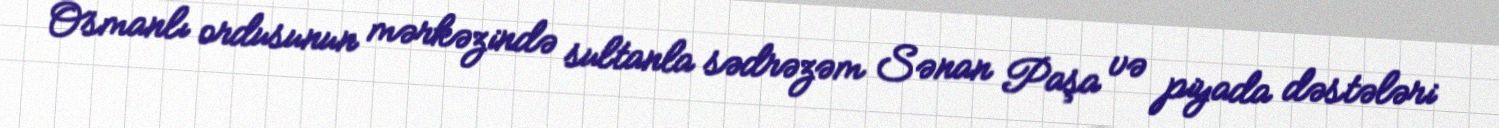
Osmanlı ordusunun mərkəzində sultanla sədrəzəm Sənan Paşa və piyada dəstələri